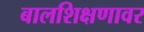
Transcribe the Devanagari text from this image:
बालशिक्षणावर